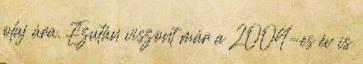
olaj ára. Ezután viszont már a 2004-es év is